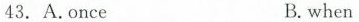
43. A.once B.when